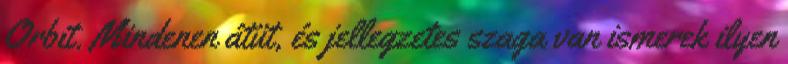
Orbit. Mindenen átüt, és jellegzetes szaga van ismerek ilyen